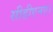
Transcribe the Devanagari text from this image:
सीडीएनए।